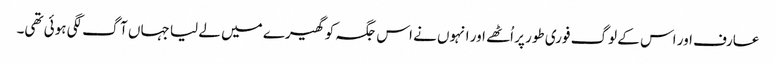
عارف اور اس کے لوگ فوری طور پر اُٹھے اور انہوں نے اس جگہ کو گھیرے میں لے لیا جہاں آگ لگی ہوئی تھی۔